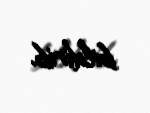
bildirib.